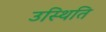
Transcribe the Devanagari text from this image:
उस्थिति